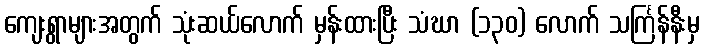
ကျေးရွာများအတွက် သုံးဆယ်လောက် မှန်းထားပြီး သံဃာ (၁၃၀) လောက် သင်္ကြန်နီးမှ